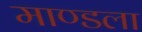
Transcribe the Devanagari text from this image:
माण्डला